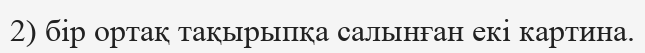
2) бір ортақ тақырыпқа салынған екі картина.